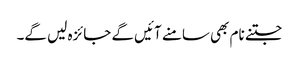
جتنے نام بھی سامنے آئیں گے جائزہ لیں گے۔